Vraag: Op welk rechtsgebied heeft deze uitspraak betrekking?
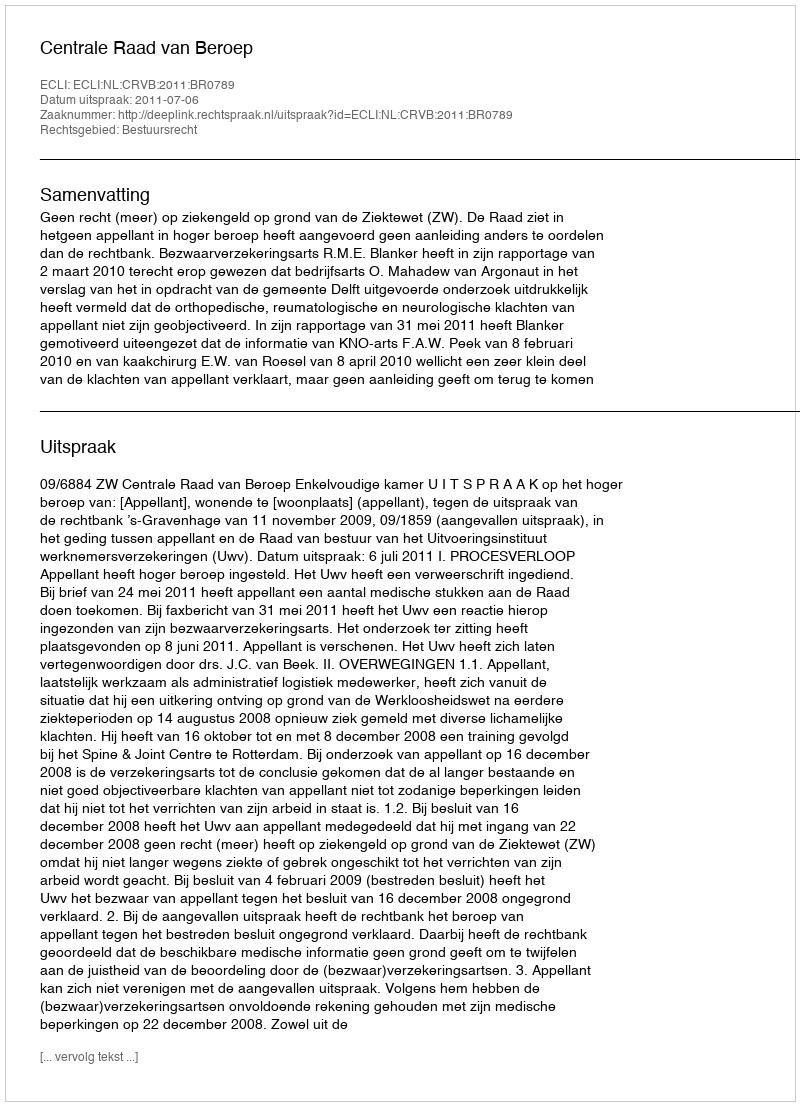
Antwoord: Bestuursrecht